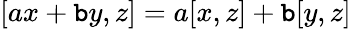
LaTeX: [ax+\mathtt{b}y,z]=a[x,z]+\mathtt{b}[y,z]